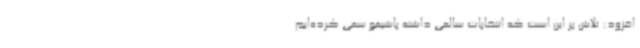
افزود: تلاش بر این است که انتخابات سالمی داشته باشیمو سعی کرده‌ایم